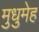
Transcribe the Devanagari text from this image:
मुधुमेह